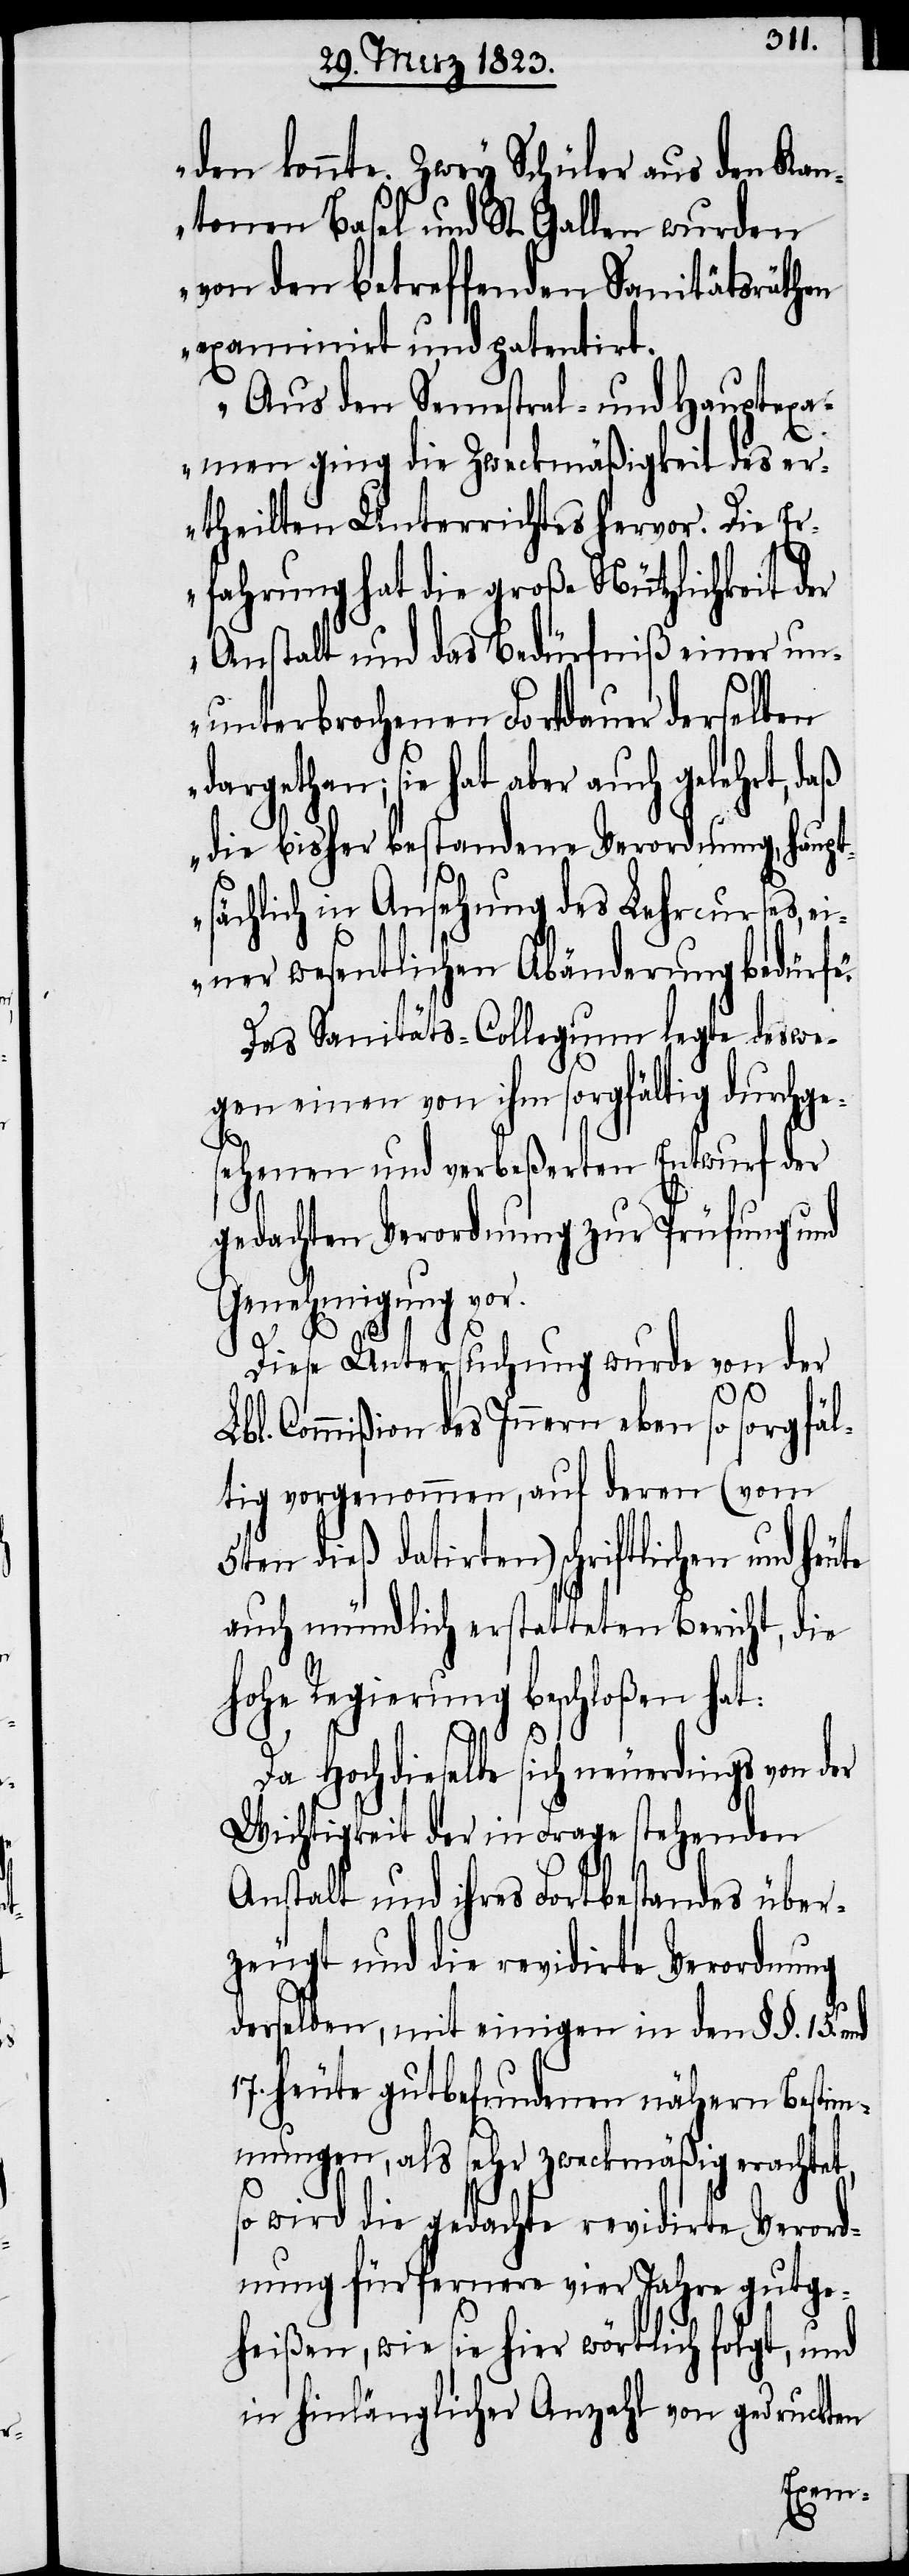
den konnte. Zwey Schüler aus den Kan¬
tonen Basel und St. Gallen wurden
von den betreffenden Sanitätsräthen
examinirt und patentirt.
Aus den Semestral- und Hauptexa¬
men ging die Zweckmäßigkeit des er¬
theilten Unterrichtes hervor. Die Er¬
fahrung hat die große Nützlichkeit der
Anstalt und das Bedürfniß einer un¬
unterbrochenen Fortdauer derselben
dargethan; sie hat aber auch gelehrt, daß
die bisher bestandene Verordnung, haupt¬
sächlich in Ansehung des Lehrcurses, ei¬
ner wesentlichen Abänderung bedürf¬
Das Sanitäts-Collegium legte deswe¬
gen einen von ihm sorgfältig durchge¬
sehenen und verbeßerten Entwurf der
gedachten Verordnung zur Prüfung und
Genehmigung vor.
e.“
Diese Untersuchung wurde von der
Lbl. Commißion des Innern eben so sorgfäl¬
tig vorgenommen, auf deren (vom
5ten dieß datirten) schriftlichen und
auch mündlich erstatteten Bericht, die
hohe Regierung beschloßen hat:
Da Hochdieselbe sich neuerdings von der
Wichtigkeit der in Frage stehenden
Anstalt und ihres Fortbestandes über¬
zeugt und die revidirte Verordnung
derselben, mit einigen in den §§. 15.
17. heute gutbefundenen nähern Bestim¬
mungen, als sehr zweckmäßig erachtet,
so wird die gedachte revidirte Verord¬
nung für fernere vier Jahre gutge¬
heißen, wie sie hier wörtlich folgt, und
in hinlänglicher Anzahl von gedruckten